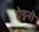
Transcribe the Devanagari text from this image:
ऐड्रनो